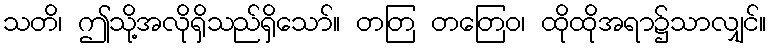
သတိ၊ ဤသို့အလိုရှိသည်ရှိသော်။ တတြ တတြေဝ၊ ထိုထိုအရာ၌သာလျှင်။